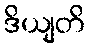
ဒိယျတိ